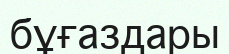
бұғаздары